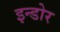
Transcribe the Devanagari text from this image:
इन्‍डोर